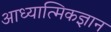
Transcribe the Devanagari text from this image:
आध्यात्मिकज्ञान